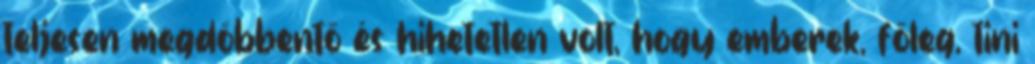
teljesen megdöbbentő és hihetetlen volt, hogy emberek, főleg, tini